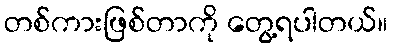
တစ်ကားဖြစ်တာကို တွေ့ရပါတယ်။